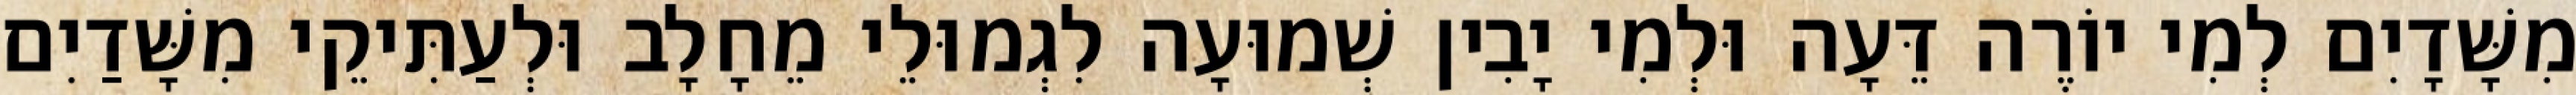
מִשָּׁדָיִם לְמִי יוֹרֶה דֵּעָה וּלְמִי יָבִין שְׁמוּעָה לִגְמוּלֵי מֵחָלָב וּלְעַתִּיקֵי מִשָּׁדַיִם